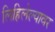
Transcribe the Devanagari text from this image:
लिहिलेल्यावर